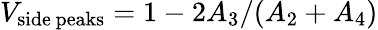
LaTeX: V_{\mathrm{side\, peaks}}=1-2A_{3}/(A_{2}+A_{4})